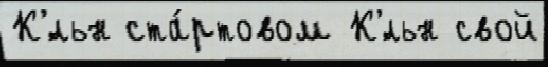
К'́льн ста́ртовом К'́льн свой